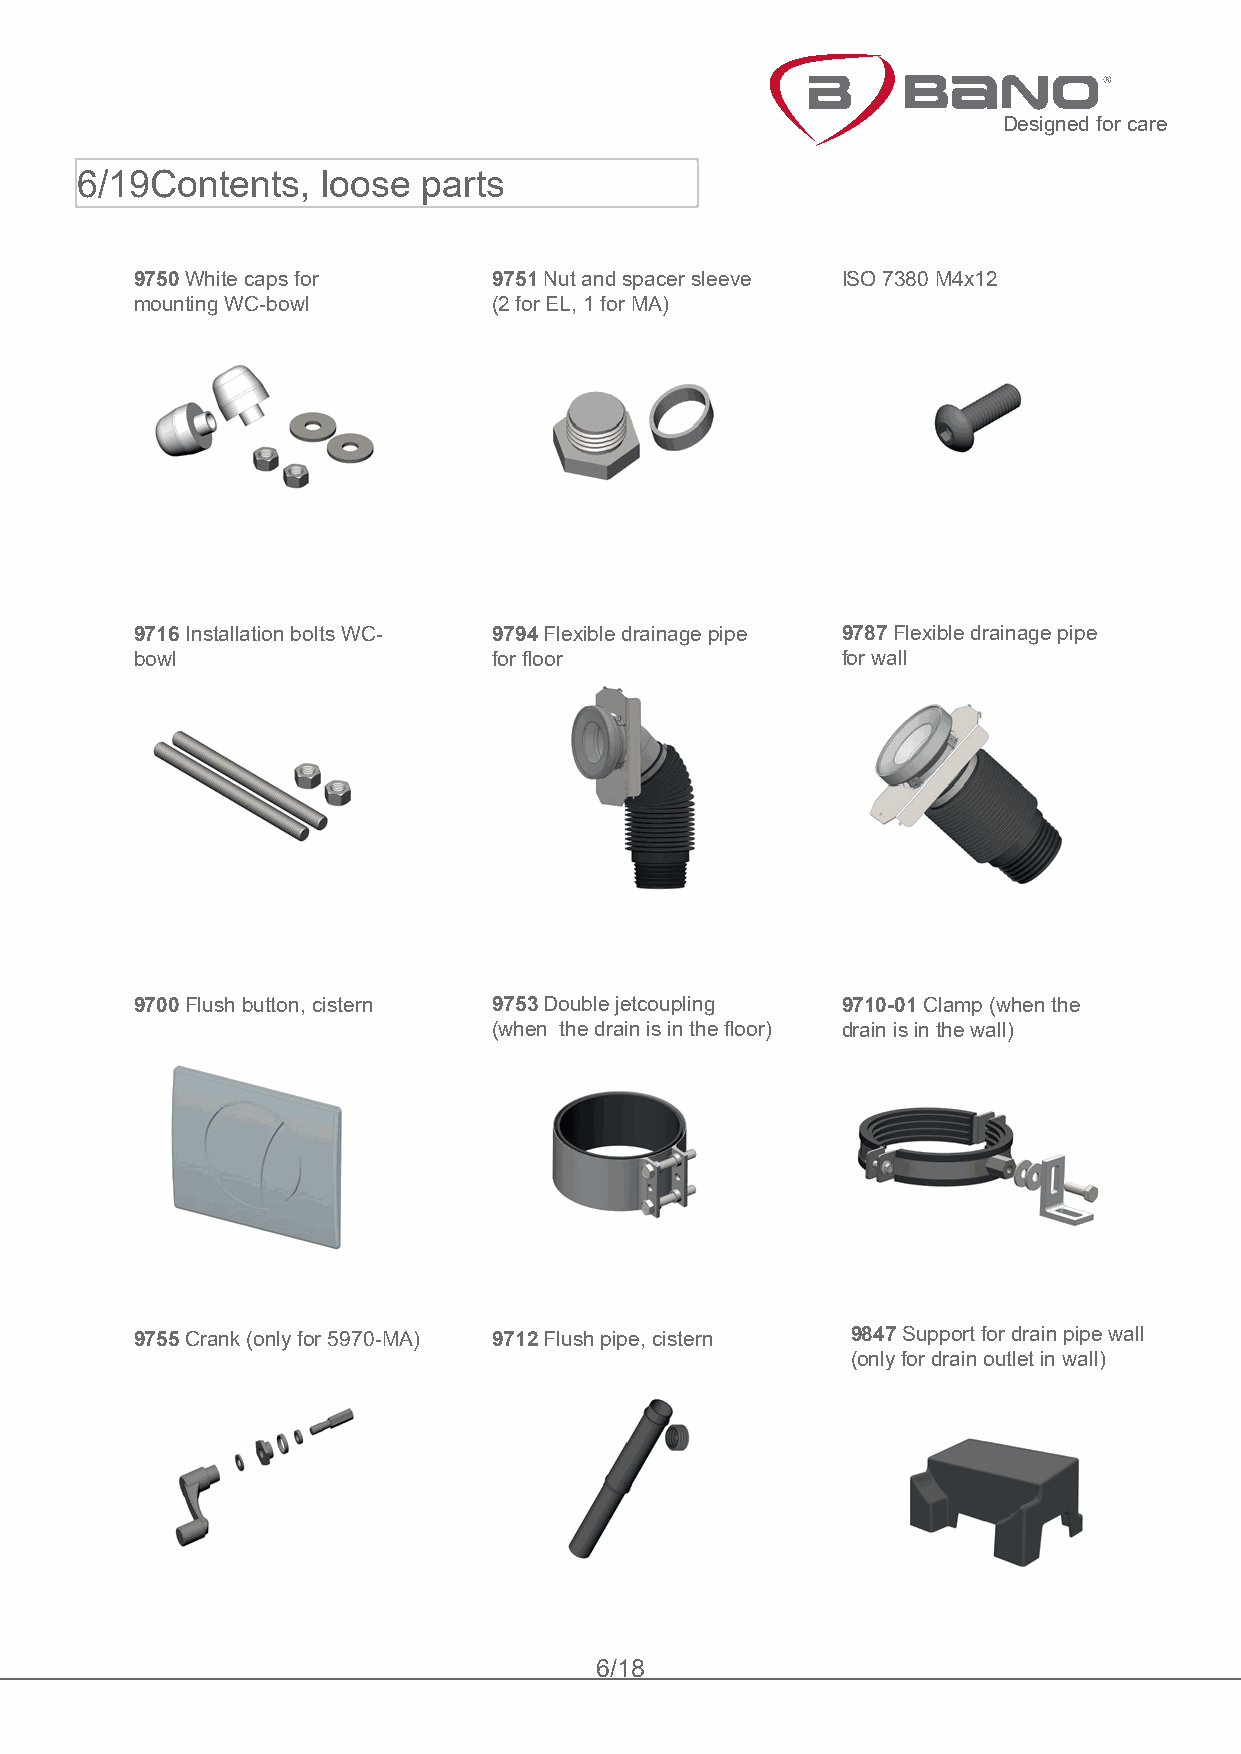
Designed for care
 6/19Contents,   loose  parts
 9750 White caps for     9751 Nut and spacer sleeve ISO 7380 M4x12
 mounting WC-bowl        (2 for EL, 1 for MA)
 9716 Installation bolts WC- 9794 Flexible drainage pipe 9787 Flexible drainage pipe
 bowl                    for floor              for wall
 9700 Flush button, cistern 9753 Double jetcoupling 9710-01 Clamp (when the
 (when the drain is in the floor) drain is in the wall)
 9755 Crank (only for 5970-MA) 9712 Flush pipe, cistern 9847 Support for drain pipe wall
 (only for drain outlet in wall)
 6/18